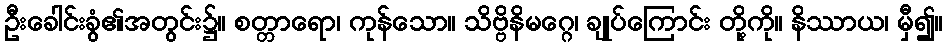
ဦးခေါင်းခွံ၏အတွင်း၌။ စတ္တာရော၊ ကုန်သော။ သိဗ္ဗိနိမဂ္ဂေ၊ ချုပ်ကြောင်း တို့ကို။ နိဿာယ၊ မှီ၍။